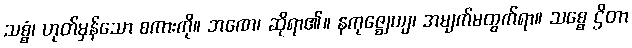
သစ္စံ၊ ဟုတ်မှန်သော စကားကို။ ဘဏေ၊ ဆိုရာ၏။ နကုဇ္ဈေယျ၊ အမျက်မထွက်ရာ။ သစ္စေ ဌိတာ